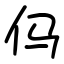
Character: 㐷